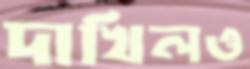
দাখিলও